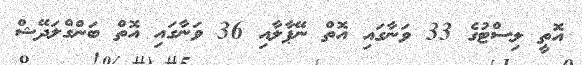
އޮތީ ލިސްޓުގެ 33 ވަނާގައި އޮތް ނޭޕާލާއި 36 ވަނާގައި އޮތް ބަންގްލަދޭޝް